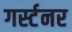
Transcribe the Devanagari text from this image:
गर्स्टनर